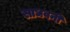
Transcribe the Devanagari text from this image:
साधवनी